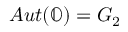
A u t ( \mathbb { O } ) = G _ { 2 }